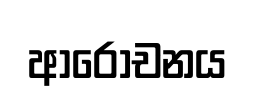
ආරොචනය